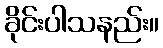
ခိုင်းပါသနည်း။